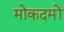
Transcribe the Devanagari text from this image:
मोकदमों